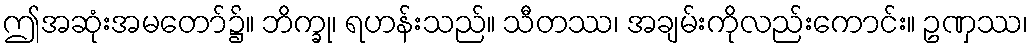
ဤအဆုံးအမတော်၌။ ဘိက္ခု၊ ရဟန်းသည်။ သီတဿ၊ အချမ်းကိုလည်းကောင်း။ ဥဏှဿ၊